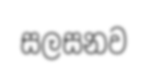
සලසනව